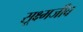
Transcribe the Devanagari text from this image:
सूक्ष्‍मजीव